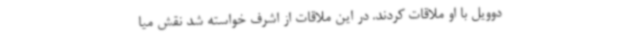
دوویل با او ملاقات کردند. در این ملاقات از اشرف خواسته شد نقش میا